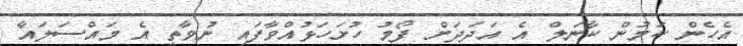
އެހެން ކަމުން ކާނަލް އެ އަދަދަށް ފޯމު ހުށަހަޅުއްވާފައި ނުވާތީ އެ މައްސަލައާ